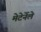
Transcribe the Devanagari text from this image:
मेटेर्नेले